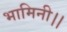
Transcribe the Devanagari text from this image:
भामिनी।।